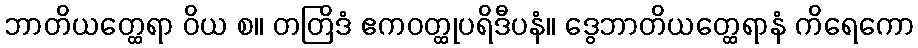
ဘာတိယတ္ထေရာ ဝိယ စ။ တတြိဒံ ဧကဝတ္ထုပရိဒီပနံ။ ဒွေဘာတိယတ္ထေရာနံ ကိရေကော